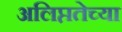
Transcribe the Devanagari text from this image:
अलिप्ततेच्या